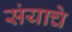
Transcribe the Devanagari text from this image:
संयाचे